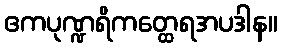
ဧကပုဏ္ဍရိကတ္ထေရအပဒါန။